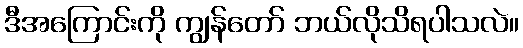
ဒီအကြောင်းကို ကျွန်တော် ဘယ်လိုသိရပါသလဲ။